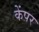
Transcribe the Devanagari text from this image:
केंपर